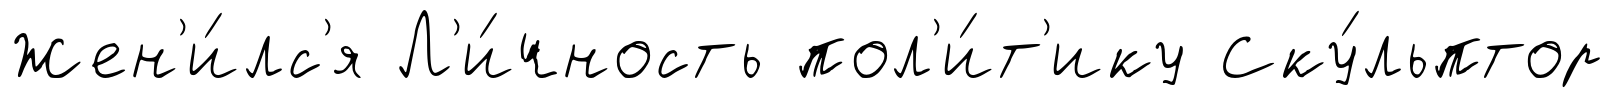
Жен'и́лс'я Л'и́чность пол'и́т'ику Ску́льптор